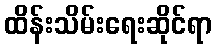
ထိန်းသိမ်းရေးဆိုင်ရာ